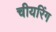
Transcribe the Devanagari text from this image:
चीयरिंग